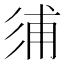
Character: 𢒏